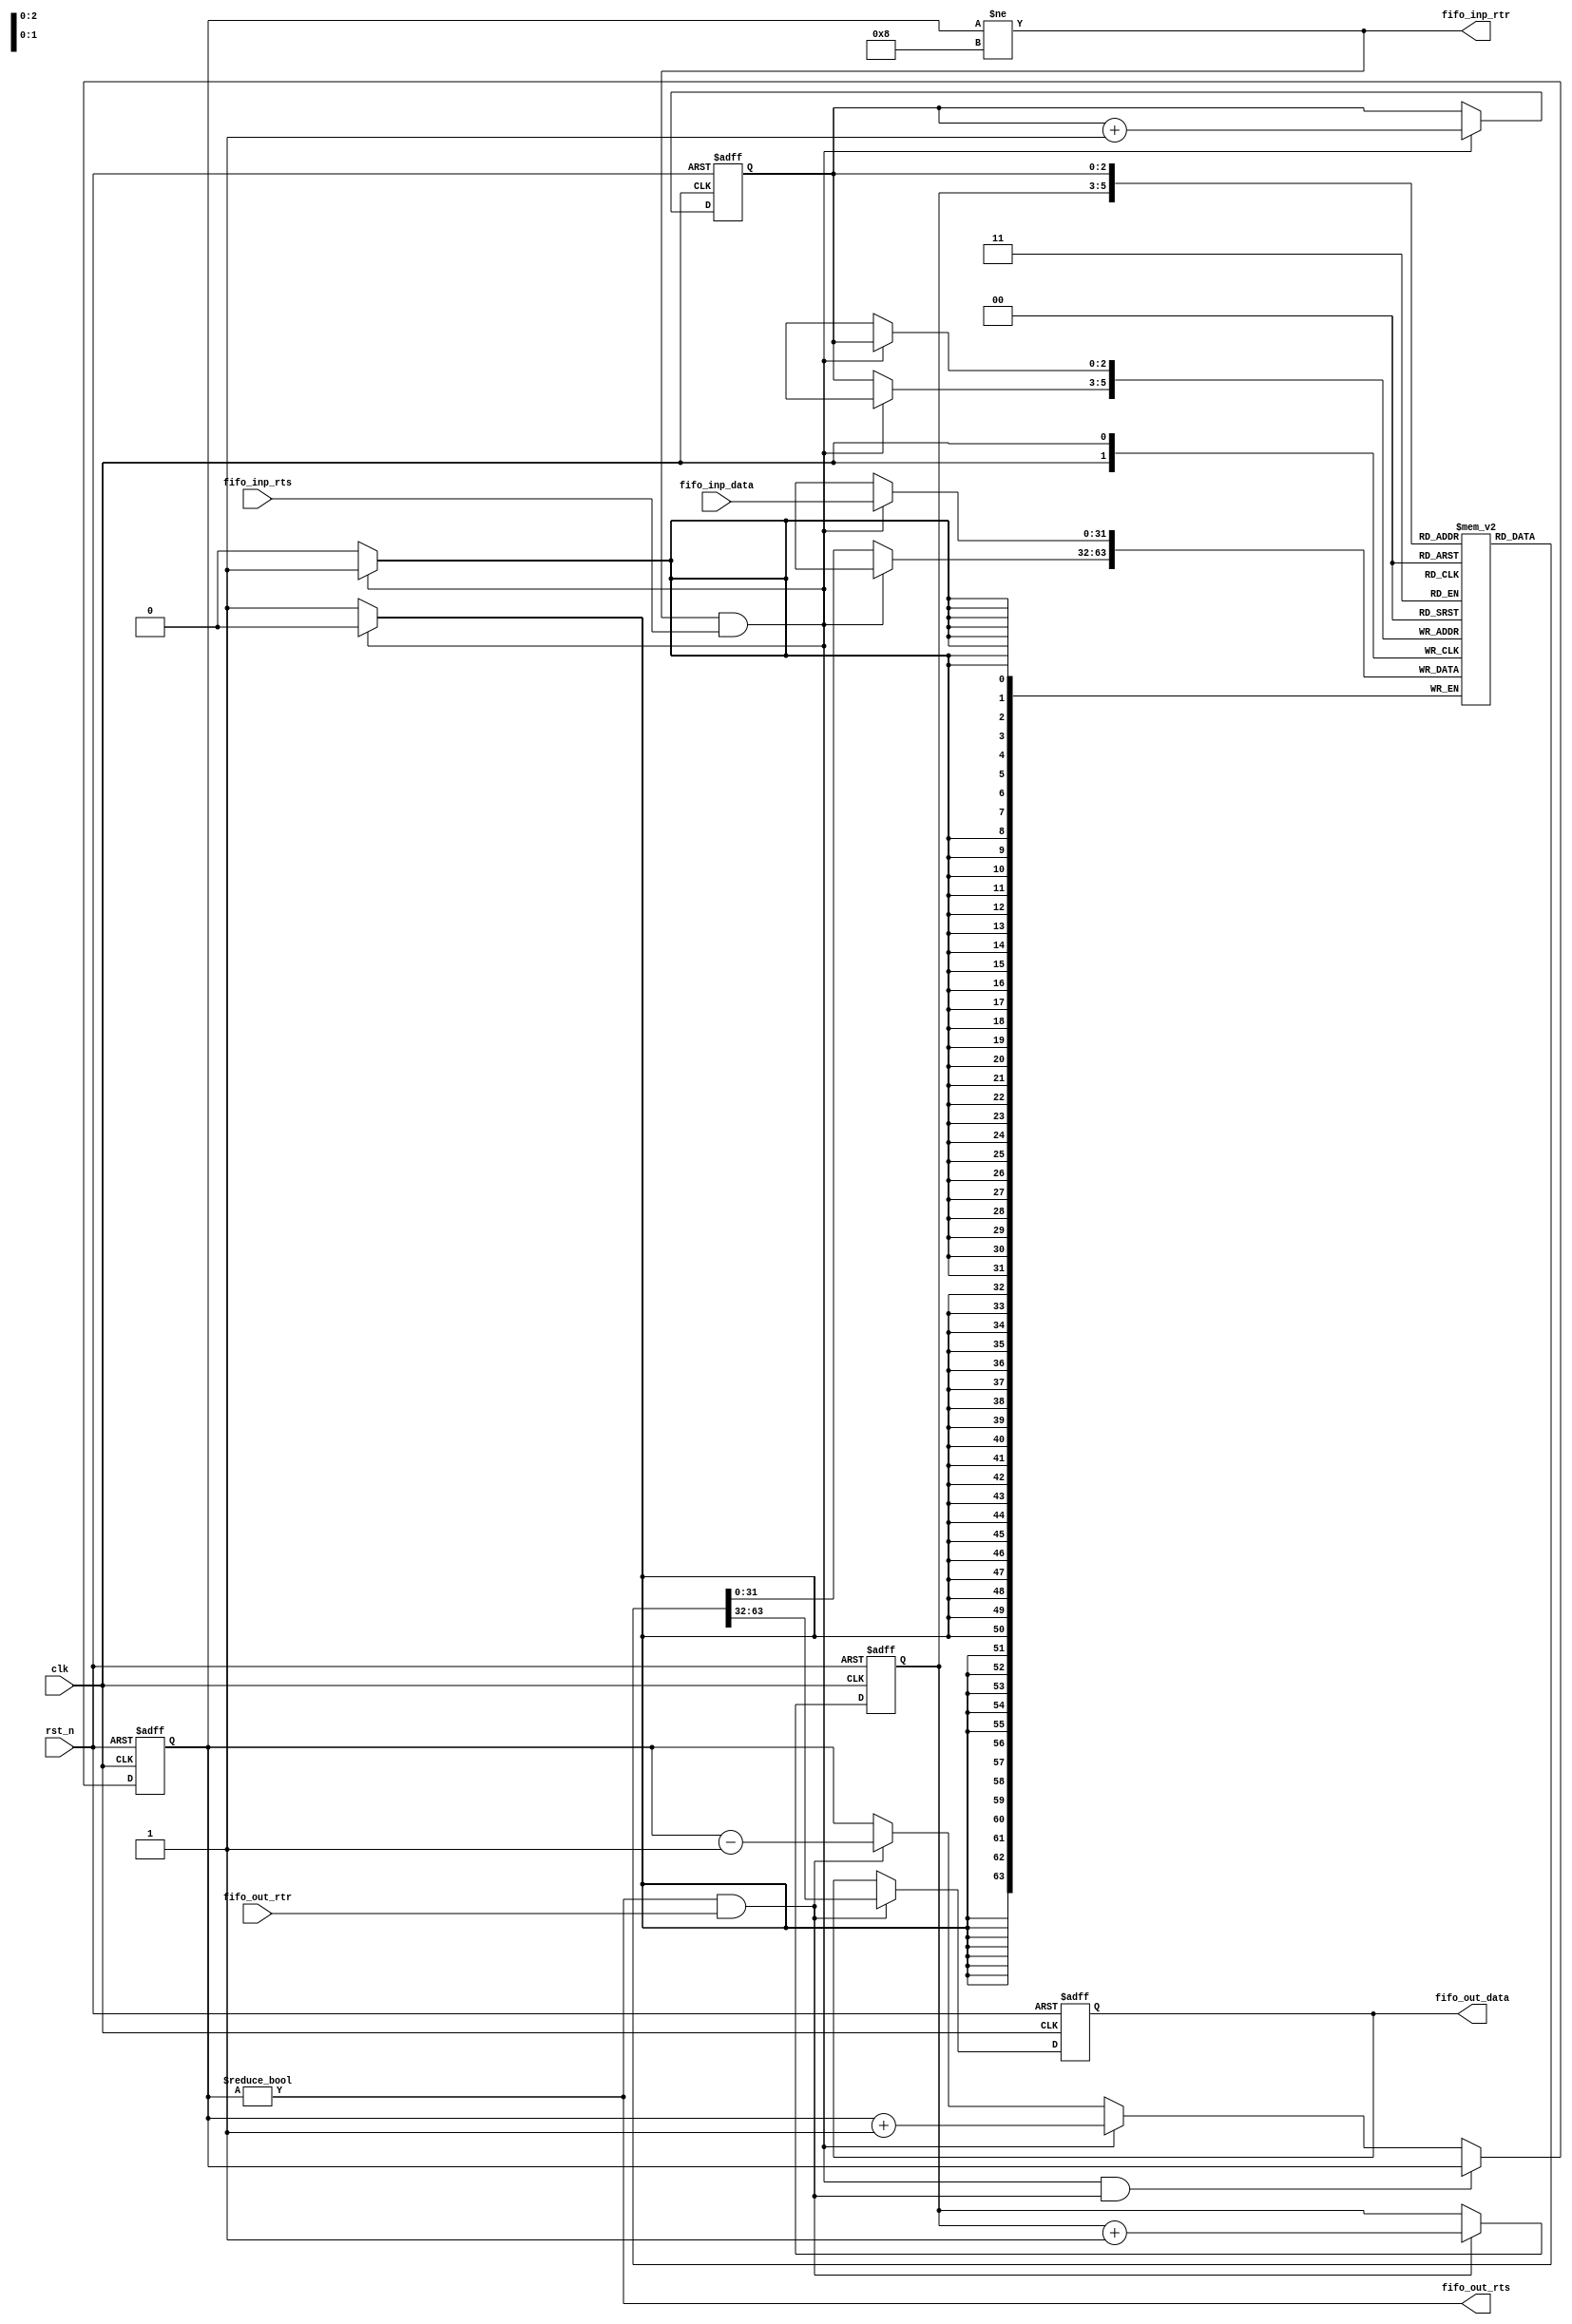
//////////////////////////////////////////////////////////////////////////////////
// Module Name:             fifo.v
// Last Modification:       1/23/2016
//////////////////////////////////////////////////////////////////////////////////

`timescale 1ns / 1ps
`define BUF_SIZE (1 << BUF_WIDTH)                                                                           	// Number of elements allowed in buffer = 2^Buffer Width
                                                                                                                    
module fifo(clk,rst_n,fifo_inp_data,fifo_out_data,fifo_inp_rts,fifo_out_rtr,fifo_out_rts,fifo_inp_rtr);
                                                                                                                
    parameter                               DATA_SIZE = 32;                                                     // Number of bits for fifo data
    parameter                               BUF_WIDTH = 3;                                                      // Number of bits to be used in pointer
                                                                                
    input                                   clk;                                                                // Master clock
    input                                   rst_n;                                                              // Reset

    input                                   fifo_inp_rts;                                                       // Write client asserts ready to send 
    output reg                              fifo_inp_rtr;                                                       // Write client asserts ready to read
    input           [DATA_SIZE - 1:0]       fifo_inp_data;                                                      // Data input to be pushed to buffer
                                                                                                        
    output reg                              fifo_out_rts;                                                       // Output FIFO asserts read to send
    input                                   fifo_out_rtr;                                                     
    output reg      [DATA_SIZE - 1:0]       fifo_out_data;                                                      // Port to output the data using pop.
                                                   
                                            

    reg             [BUF_WIDTH    :0]       fifo_counter;                                                                   
    reg             [BUF_WIDTH - 1:0]       rd_ptr;                                                             // Pointer to read
    reg             [BUF_WIDTH - 1:0]       wr_ptr;                                                             // Write addresses  
    reg             [DATA_SIZE - 1:0]       buf_mem[`BUF_SIZE - 1:0];                                           // Buffer memory

    always @(fifo_counter)
    begin
       //Output FIFO is ready to send if the buffer is not empty
       fifo_out_rts = (fifo_counter != 0);
       
       //Output FIFO is ready to recieve if the buffer is not full
       fifo_inp_rtr = (fifo_counter != `BUF_SIZE); 
    end

    //Update counter based on state of fifo
    always @(posedge clk or negedge rst_n) 
    begin
       if(!rst_n)
           fifo_counter <= 0;
       //if both read and write occur
       else if((fifo_inp_rtr && fifo_inp_rts) && (fifo_out_rts && fifo_out_rtr)) 
           fifo_counter <= fifo_counter;
       //write enabled and buffer is not full
       else if(fifo_inp_rtr && fifo_inp_rts) 
           //counter increased by 1
           fifo_counter <= (fifo_counter + 1'b1);
       //read enabled and buffer is not empty
       else if(fifo_out_rts && fifo_out_rtr)
           //counter decreased by 1
           fifo_counter <= (fifo_counter - 1'b1);
       else
          fifo_counter <= fifo_counter;
    end

    //Update output of the fifo
    always @(posedge clk or negedge rst_n)
    begin
       if(!rst_n)
          fifo_out_data <= 0;
       else 
       begin
          //If read enabled and buffer is empty
          if(fifo_out_rtr && fifo_out_rts)
             //Output is equal to the data in memory at the read pointer
             fifo_out_data <= buf_mem[rd_ptr];
          else
             fifo_out_data <= fifo_out_data;
       end
    end

    //Update fifo memory
    always @(posedge clk)
    begin
       //If write is enabled and the buffer is not full
       if(fifo_inp_rts && fifo_inp_rtr)
          //Memory at location write pointer is now equal to the input
          buf_mem[wr_ptr] <= fifo_inp_data;
       else
          buf_mem[wr_ptr] <= buf_mem[wr_ptr];
    end

    //Update pointers
    always @(posedge clk or negedge rst_n)
    begin
       if(!rst_n)
       begin
          wr_ptr <= 0;
          rd_ptr <= 0;
       end
       else
       begin
          //If buffer is not full and write is enabled then the write pointer is increased by one
          if(fifo_inp_rtr && fifo_inp_rts)   
              wr_ptr <= wr_ptr + 1'b1;
          else  
              wr_ptr <= wr_ptr;
          //If buffer is not empty and read is enabled then the read pointer is increased by one
          if(fifo_out_rts && fifo_out_rtr)   
              rd_ptr <= rd_ptr + 1'b1;
          else 
              rd_ptr <= rd_ptr;
       end   
    end

endmodule